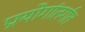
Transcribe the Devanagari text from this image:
प्रयोगांतर्गत